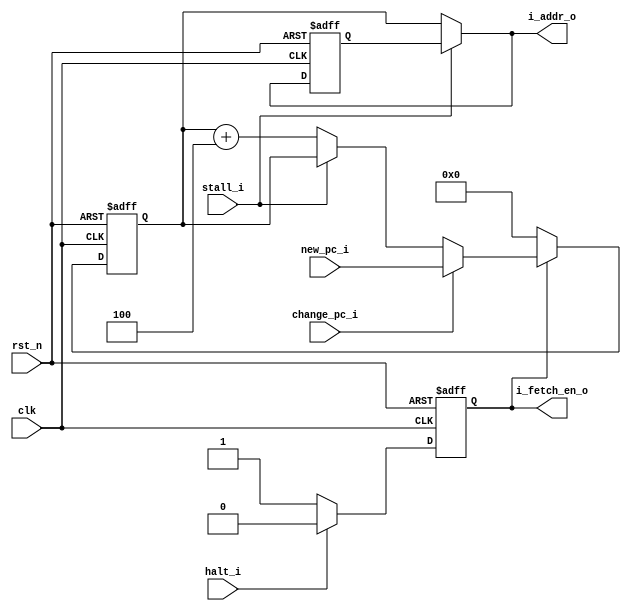
//////////////////////////////////////////////////////////////////////////////////
// Copyright (c) 2023, c.fan                                                     
//                                                                                
// Redistribution and use in source and binary forms, with or without             
// modification, are permitted provided that the following conditions are met:    
//                                                                                
// 1. Redistributions of source code must retain the above copyright notice, this 
//    list of conditions and the following disclaimer.                            
//                                                                                
// 2. Redistributions in binary form must reproduce the above copyright notice,   
//    this list of conditions and the following disclaimer in the documentation   
//    and/or other materials provided with the distribution.                      
//                                                                                
// 3. Neither the name of the copyright holder nor the names of its               
//    contributors may be used to endorse or promote products derived from        
//    this software without specific prior written permission.                    
//                                                                                
// THIS SOFTWARE IS PROVIDED BY THE COPYRIGHT HOLDERS AND CONTRIBUTORS "AS IS"    
// AND ANY EXPRESS OR IMPLIED WARRANTIES, INCLUDING, BUT NOT LIMITED TO, THE      
// IMPLIED WARRANTIES OF MERCHANTABILITY AND FITNESS FOR A PARTICULAR PURPOSE ARE 
// DISCLAIMED. IN NO EVENT SHALL THE COPYRIGHT HOLDER OR CONTRIBUTORS BE LIABLE   
// FOR ANY DIRECT, INDIRECT, INCIDENTAL, SPECIAL, EXEMPLARY, OR CONSEQUENTIAL     
// DAMAGES (INCLUDING, BUT NOT LIMITED TO, PROCUREMENT OF SUBSTITUTE GOODS OR     
// SERVICES; LOSS OF USE, DATA, OR PROFITS; OR BUSINESS INTERRUPTION) HOWEVER     
// CAUSED AND ON ANY THEORY OF LIABILITY, WHETHER IN CONTRACT, STRICT LIABILITY,  
// OR TORT (INCLUDING NEGLIGENCE OR OTHERWISE) ARISING IN ANY WAY OUT OF THE USE  
// OF THIS SOFTWARE, EVEN IF ADVISED OF THE POSSIBILITY OF SUCH DAMAGE.           
//////////////////////////////////////////////////////////////////////////////////

module pc (
   input                clk            ,
   input                rst_n          ,
   
   output      [31:0]   i_addr_o       ,
   output               i_fetch_en_o   ,
   
   // interface for branch
   input       [31:0]   new_pc_i       ,
   input                change_pc_i    ,
   
   // pipeline controls
   input                stall_i        ,
   
   // halt
   input                halt_i         
   );
   
   reg [31:0]  pc_r;
   reg [31:0]  pc_r1; // old pc reg value, keep record just 1 now
   reg en_r;

   always @(posedge clk or negedge rst_n) begin
      if (!rst_n)
         en_r <= 1'b0; // don't fetch
      else if (halt_i)
         en_r <= 1'b0;
      else
         en_r <= 1'b1;
   end

   always @(posedge clk or negedge rst_n) begin
      if (!rst_n)
         pc_r <= 0; // start from address 'h0;
      else if(!en_r) 
         pc_r <= 0;
      else if(change_pc_i)
         pc_r <= new_pc_i;
      else if(stall_i)
         pc_r <= pc_r; // keep unchanged
      else // if(!halt_i)
         pc_r <= pc_r + 32'h4;
   end
   
   always @(posedge clk or negedge rst_n) begin
      if (!rst_n)
         pc_r1 <= 0; // start from address 'h0;
      else if (!stall_i)
         pc_r1 <= pc_r;
   end

   assign i_addr_o = stall_i ? pc_r1 : pc_r;
   assign i_fetch_en_o = en_r;
   
   
   
endmodule